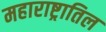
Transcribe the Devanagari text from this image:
महाराष्ट्रातिल